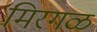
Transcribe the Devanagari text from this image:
मिरगळ